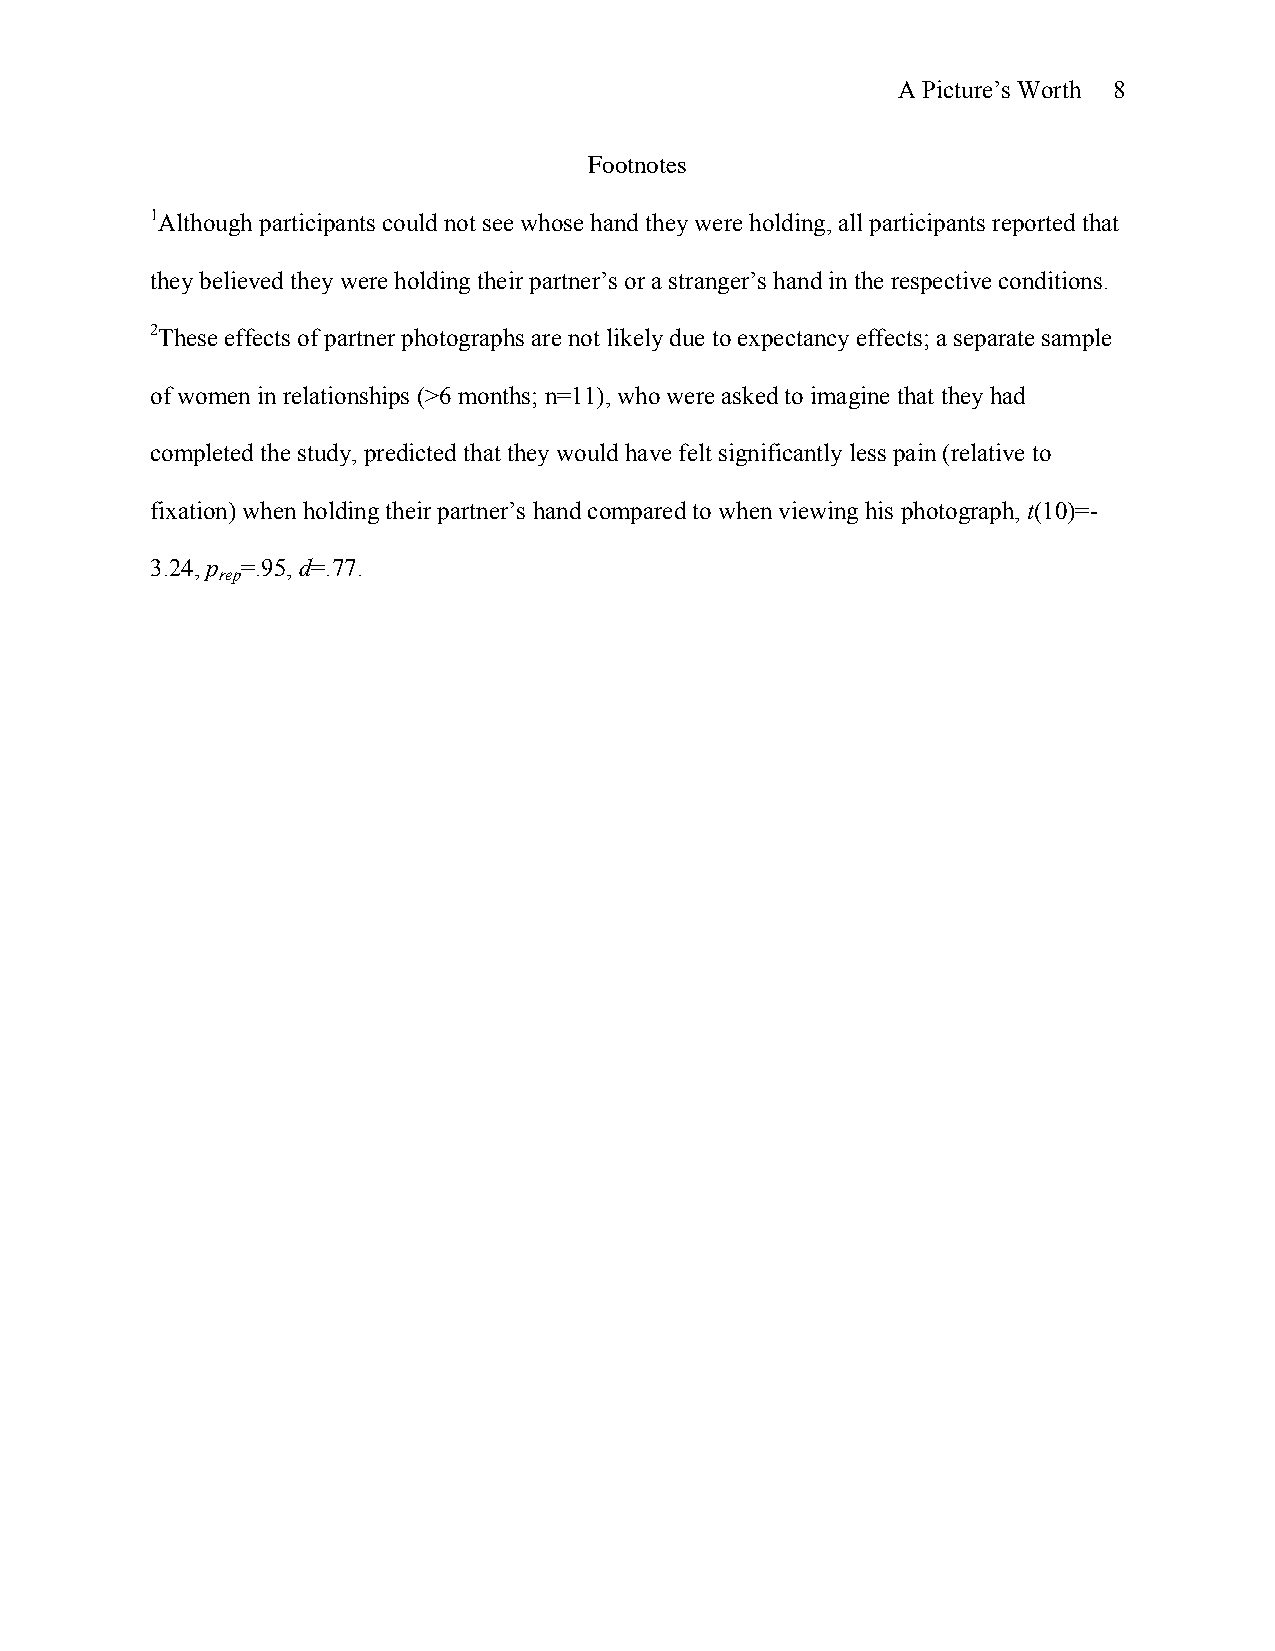
A Picture’s Worth 8
 Footnotes
 1Although participants could not see whose hand they were holding, all participants reported that
 they believed they were holding their partner’s or a stranger’s hand in the respective conditions.
 2These effects of partner photographs are not likely due to expectancy effects; a separate sample
 of women in relationships (>6 months; n=11), who were asked to imagine that they had
 completed the study, predicted that they would have felt significantly less pain (relative to
 fixation) when holding their partner’s hand compared to when viewing his photograph, t(10)=-
 3.24, p =.95, d=.77.
 rep